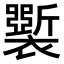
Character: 𧞐